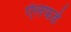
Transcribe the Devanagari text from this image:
ऐलफर्ड